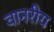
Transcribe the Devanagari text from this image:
वानरीय